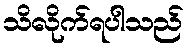
သိလိုက်ရပါသည်